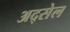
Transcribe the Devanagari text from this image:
अद्सेल